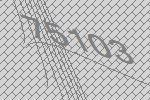
75103